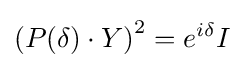
\left(P(\delta )\cdot Y\right)^{2}=e^{i\delta }I